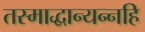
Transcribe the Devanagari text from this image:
तस्माद्धान्यन्नहि